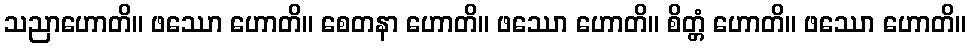
သညာဟောတိ။ ဖဿော ဟောတိ။ စေတနာ ဟောတိ။ ဖဿော ဟောတိ။ စိတ္တံ ဟောတိ။ ဖဿော ဟောတိ။